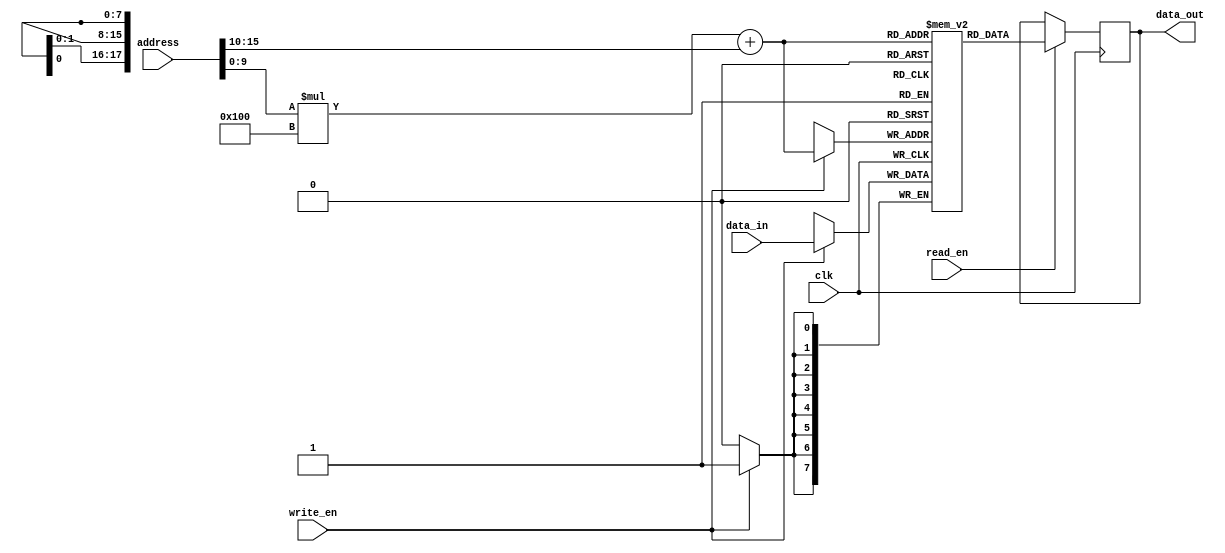
module DRAM(
    input wire clk,
    input wire [15:0] address,
    input wire [7:0] data_in,
    input wire read_en,
    input wire write_en,
    output reg [7:0] data_out
);

reg [7:0] memory_blocks [0:1023][0:255];

always @(posedge clk) begin
    if(read_en) begin
        data_out <= memory_blocks[address[9:0]][address[15:10]];
    end
    if(write_en) begin
        memory_blocks[address[9:0]][address[15:10]] <= data_in;
    end
end

endmodule